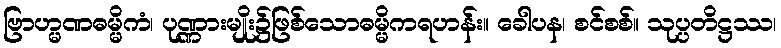
ဗြာဟ္မဏဓမ္မိကံ၊ ပုဏ္ဏားမျိုး၌ဖြစ်သောဓမ္မိကရဟန်း။ ခေါပန၊ စင်စစ်။ သုပ္ပတိဋ္ဌဿ၊